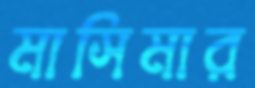
মাসিমার